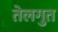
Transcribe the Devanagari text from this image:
तेलगुत